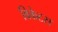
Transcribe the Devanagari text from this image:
विकेटस